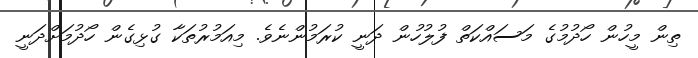
ތިން މީހުން ހޯދުމުގެ މަސައްކަތް ފުލުހުން ދަނީ ކުރަމުންނެވެ. މިއަމުރުތަކާ ގުޅިގެން ހޯދުމަށްދަނީ